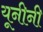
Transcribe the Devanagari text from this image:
यूनीनी